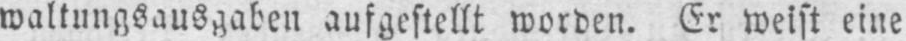
waltungsausgaben aufgestellt worden. Er weist eine